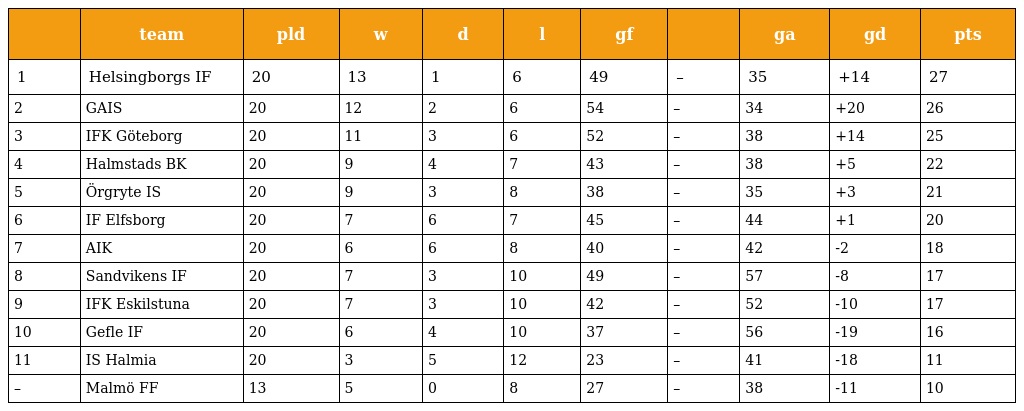
|  | team | pld | w | d | l | gf |  | ga | gd | pts |
 | --- | --- | --- | --- | --- | --- | --- | --- | --- | --- | --- |
 | 1 | Helsingborgs IF | 20 | 13 | 1 | 6 | 49 | – | 35 | +14 | 27 |
 | 2 | GAIS | 20 | 12 | 2 | 6 | 54 | – | 34 | +20 | 26 |
 | 3 | IFK Göteborg | 20 | 11 | 3 | 6 | 52 | – | 38 | +14 | 25 |
 | 4 | Halmstads BK | 20 | 9 | 4 | 7 | 43 | – | 38 | +5 | 22 |
 | 5 | Örgryte IS | 20 | 9 | 3 | 8 | 38 | – | 35 | +3 | 21 |
 | 6 | IF Elfsborg | 20 | 7 | 6 | 7 | 45 | – | 44 | +1 | 20 |
 | 7 | AIK | 20 | 6 | 6 | 8 | 40 | – | 42 | -2 | 18 |
 | 8 | Sandvikens IF | 20 | 7 | 3 | 10 | 49 | – | 57 | -8 | 17 |
 | 9 | IFK Eskilstuna | 20 | 7 | 3 | 10 | 42 | – | 52 | -10 | 17 |
 | 10 | Gefle IF | 20 | 6 | 4 | 10 | 37 | – | 56 | -19 | 16 |
 | 11 | IS Halmia | 20 | 3 | 5 | 12 | 23 | – | 41 | -18 | 11 |
 | – | Malmö FF | 13 | 5 | 0 | 8 | 27 | – | 38 | -11 | 10 |